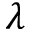
\lambda